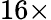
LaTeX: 16\times